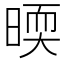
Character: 㬉